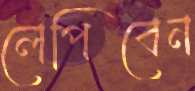
লেপিবেন